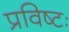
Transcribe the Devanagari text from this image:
प्रविष्टः